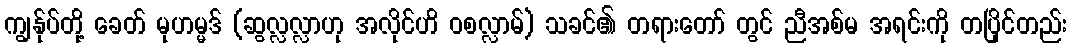
ကျွန်ုပ်တို့ ခေတ် မုဟမ္မဒ် (ဆွလ္လလ္လာဟု အလိုင်ဟိ ဝစလ္လာမ်) သခင်၏ တရားတော် တွင် ညီအစ်မ အရင်းကို တပြိုင်တည်း